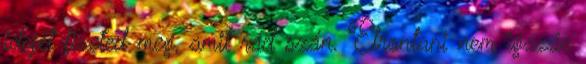
idejét fizeted meg, amit rád szán. Elrontani nem igazán